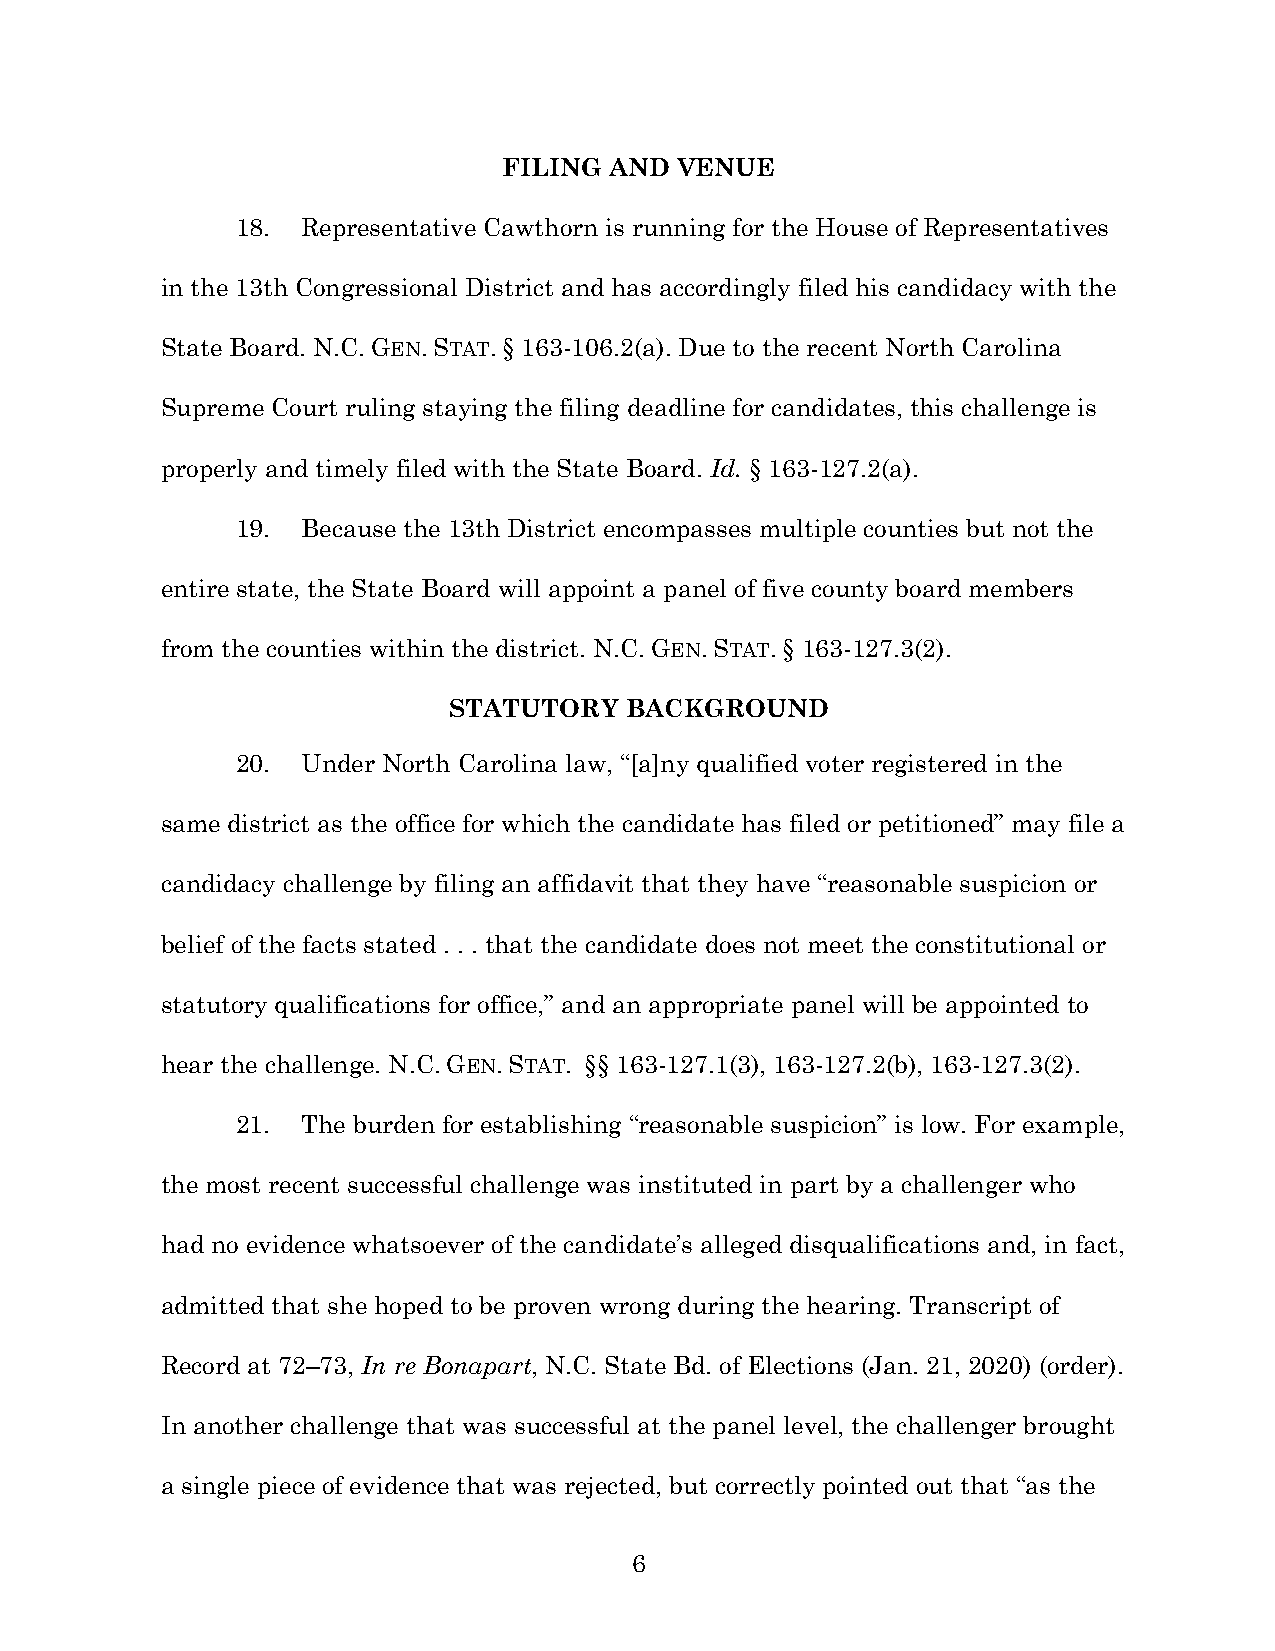
FILING AND  VENUE
 18. Representative Cawthorn is running for the House of Representatives
 in the 13th Congressional District and has accordingly filed his candidacy with the
 State Board. N.C. GEN. STAT. § 163-106.2(a). Due to the recent North Carolina
 Supreme Court ruling staying the filing deadline for candidates, this challenge is
 properly and timely filed with the State Board. Id. § 163-127.2(a).
 19. Because the 13th District encompasses multiple counties but not the
 entire state, the State Board will appoint a panel of five county board members
 from the counties within the district. N.C. GEN. STAT. § 163-127.3(2).
 STATUTORY  BACKGROUND
 20. Under North Carolina law, “[a]ny qualified voter registered in the
 same district as the office for which the candidate has filed or petitioned” may file a
 candidacy challenge by filing an affidavit that they have “reasonable suspicion or
 belief of the facts stated . . . that the candidate does not meet the constitutional or
 statutory qualifications for office,” and an appropriate panel will be appointed to
 hear the challenge. N.C. GEN. STAT. §§ 163-127.1(3), 163-127.2(b), 163-127.3(2).
 21. The burden for establishing “reasonable suspicion” is low. For example,
 the most recent successful challenge was instituted in part by a challenger who
 had no evidence whatsoever of the candidate’s alleged disqualifications and, in fact,
 admitted that she hoped to be proven wrong during the hearing. Transcript of
 Record at 72–73, In re Bonapart, N.C. State Bd. of Elections (Jan. 21, 2020) (order).
 In another challenge that was successful at the panel level, the challenger brought
 a single piece of evidence that was rejected, but correctly pointed out that “as the
 6